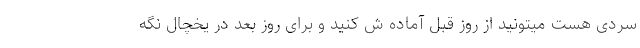
سردی هست میتونید از روز قبل آماده ش کنید و برای روز بعد در یخچال نگه